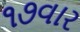
૧૭વાર